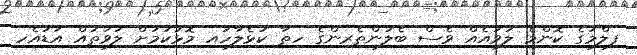
ފިލްމުގެ ކޮންމެ ލަވައެއް ވެސް ބެލުންތެރިންގެ ހިތާ ކުޅެލާހައި މޮޅުކަމަށް ލަވަތައް އަޑުއެހި